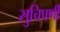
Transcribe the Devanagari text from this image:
सुचिपर्णी